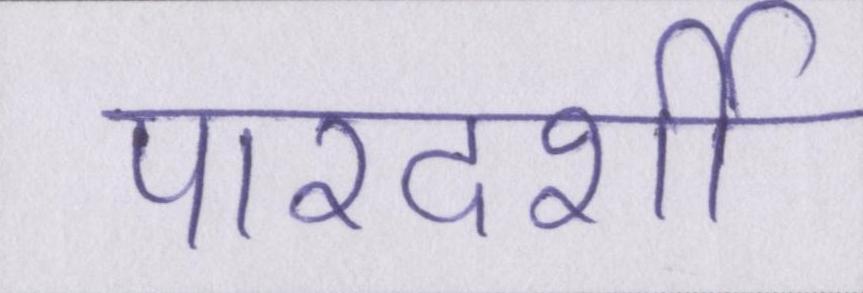
पारदर्शी